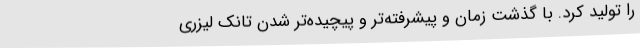
را تولید کرد. با گذشت زمان و پیشرفته‌تر و پیچیده‌تر شدن تانک لیزری